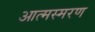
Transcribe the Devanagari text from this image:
आत्मस्मरण